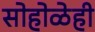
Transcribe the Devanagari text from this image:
सोहोळेही